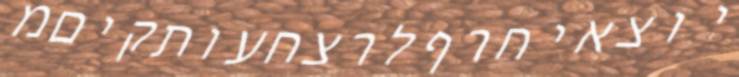
יוצאיחרףלרצחעותקיםמ